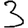
Digit: 3